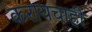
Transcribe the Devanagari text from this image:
करायचाही